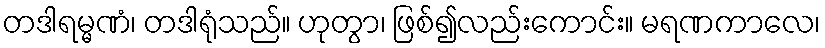
တဒါရမ္မဏံ၊ တဒါရုံသည်။ ဟုတွာ၊ ဖြစ်၍လည်းကောင်း။ မရဏကာလေ၊